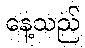
နေ့သည်